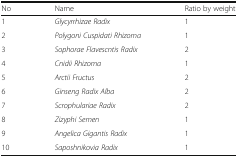
<table><thead><tr><td><b>No</b></td><td><b>Name</b></td><td><b>Ratio by weight</b></td></tr></thead><tbody><tr><td>1</td><td><i>Glycyrrhizae Radix</i></td><td>1</td></tr><tr><td>2</td><td><i>Polygoni Cuspidati Rhizoma</i></td><td>1</td></tr><tr><td>3</td><td><i>Sophorae Flavescntis Radix</i></td><td>2</td></tr><tr><td>4</td><td><i>Cnidii Rhizoma</i></td><td>1</td></tr><tr><td>5</td><td><i>Arctii Fructus</i></td><td>2</td></tr><tr><td>6</td><td><i>Ginseng Radix Alba</i></td><td>2</td></tr><tr><td>7</td><td><i>Scrophulariae Radix</i></td><td>2</td></tr><tr><td>8</td><td><i>Zizyphi Semen</i></td><td>1</td></tr><tr><td>9</td><td><i>Angelica Gigantis Radix</i></td><td>1</td></tr><tr><td>10</td><td><i>Saposhnikovia Radix</i></td><td>1</td></tr></tbody></table>